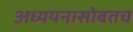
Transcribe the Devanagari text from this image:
अध्ययनासोबतच